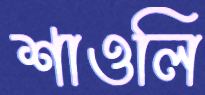
শাওলি